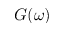
G ( \omega )